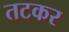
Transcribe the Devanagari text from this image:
तटकर